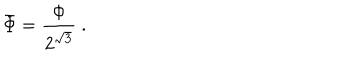
\bar { \Phi } = \frac { \Phi } { 2 ^ { \sqrt { 3 } } } \ .